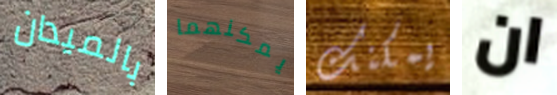
بالميدان يمكنهما يمكنك ان